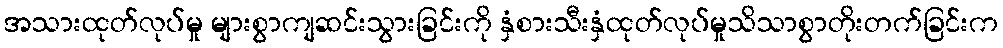
အသားထုတ်လုပ်မှု များစွာကျဆင်းသွားခြင်းကို နှံစားသီးနှံထုတ်လုပ်မှုသိသာစွာတိုးတက်ခြင်းက